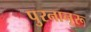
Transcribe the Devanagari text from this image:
पुरनानूरू